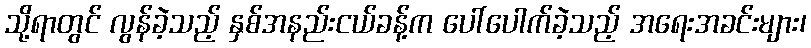
သို့ရာတွင် လွန်ခဲ့သည့် နှစ်အနည်းငယ်ခန့်က ပေါ်ပေါက်ခဲ့သည့် အရေးအခင်းများ၊